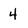
Character: 4